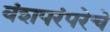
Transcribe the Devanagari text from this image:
वंशपरंपरेचे